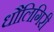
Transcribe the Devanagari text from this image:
धौलिगिरी